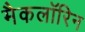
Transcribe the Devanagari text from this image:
मैकलॉरिन